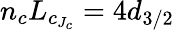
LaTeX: n_{c}L_{c_{J_{c}}}=4d_{3/2}